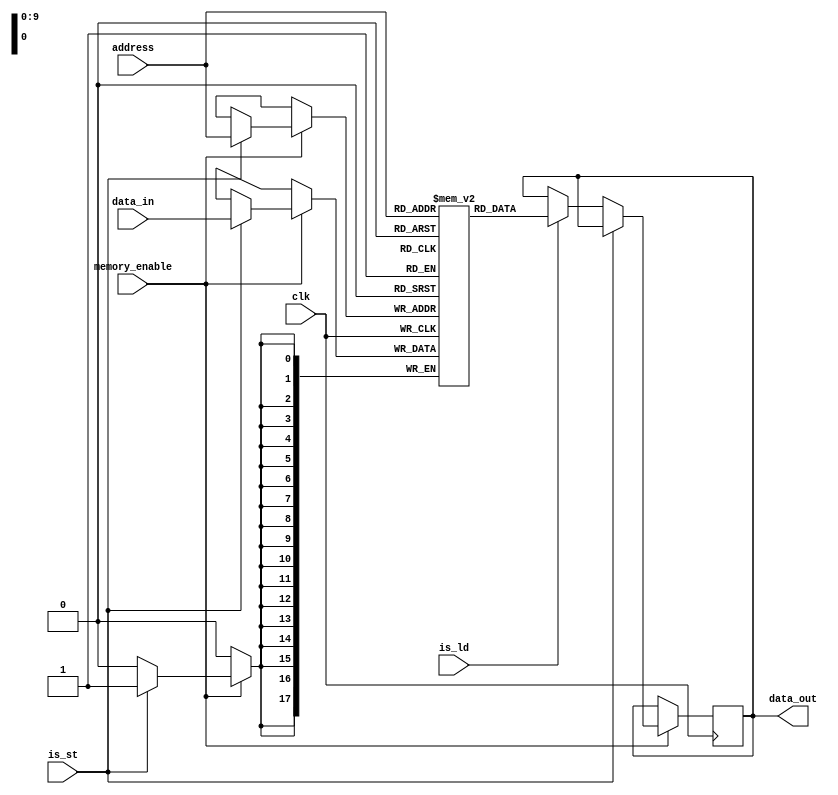
module Memory (
  input wire clk,
  input wire is_st,
  input wire memory_enable,
  input wire is_ld,
  input wire [0:9] address,
  input wire [0:17] data_in,
  output reg [0:17] data_out
);

  reg [17:0] memory [0:1023]; // 2^10 adres, her biri 18 bit geni?li?inde

  always @(posedge clk) begin
    if (memory_enable) begin
      if (is_st) begin
        memory[address] <= data_in;
      end else if (is_ld) begin
        data_out <= memory[address];
      end
    end
  end

endmodule